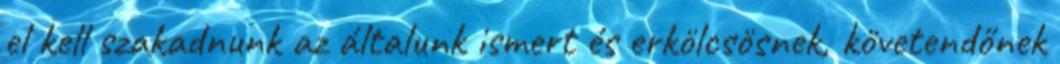
el kell szakadnunk az általunk ismert és erkölcsösnek, követendőnek